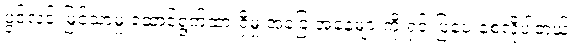
ပွင့်လင်းမြင်သာမှု ဆောင်ရွက်ထားရှိမှု အခြေ အနေများကို ရှင်းပြပေးစေလိုပါတယ်။